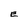
Character: E